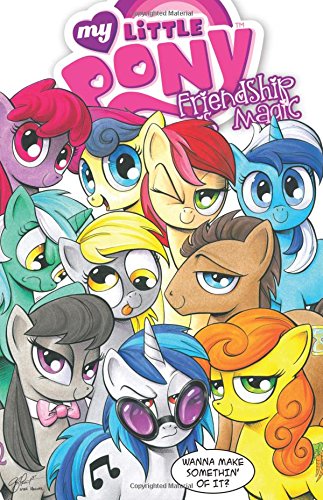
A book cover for My Little Pony: Friendship Is Magic Volume 3; Katie Cook; Children's Books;